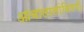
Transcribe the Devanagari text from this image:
आबालालांविषयी